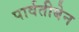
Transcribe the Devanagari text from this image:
पार्वतीबेन